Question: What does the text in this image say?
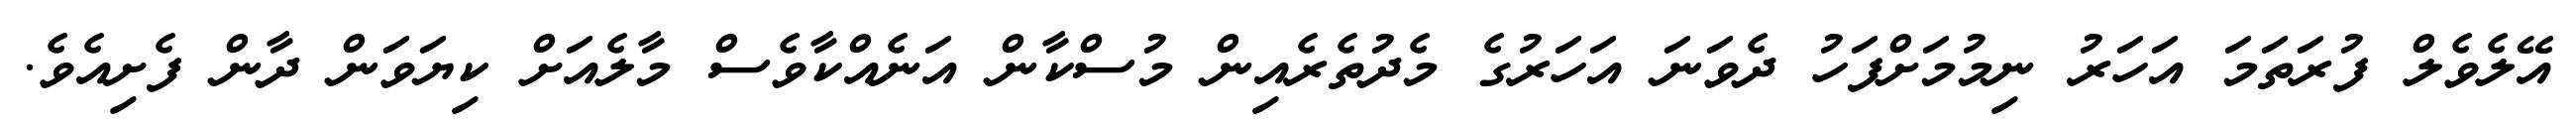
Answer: އޭލެވެލް ފުރަތަމަ އަހަރު ނިމުމަށްފަހު ދެވަނަ އަހަރުގެ މެދުތެރެއިން މުސްކާން އަނެއްކާވެސް މާލެއަށް ކިޔަވަން ދާން ފެށިއެވެ.